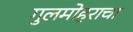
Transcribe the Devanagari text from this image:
गुलमोहराचा